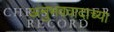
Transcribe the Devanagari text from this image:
अनुभववादाच्या